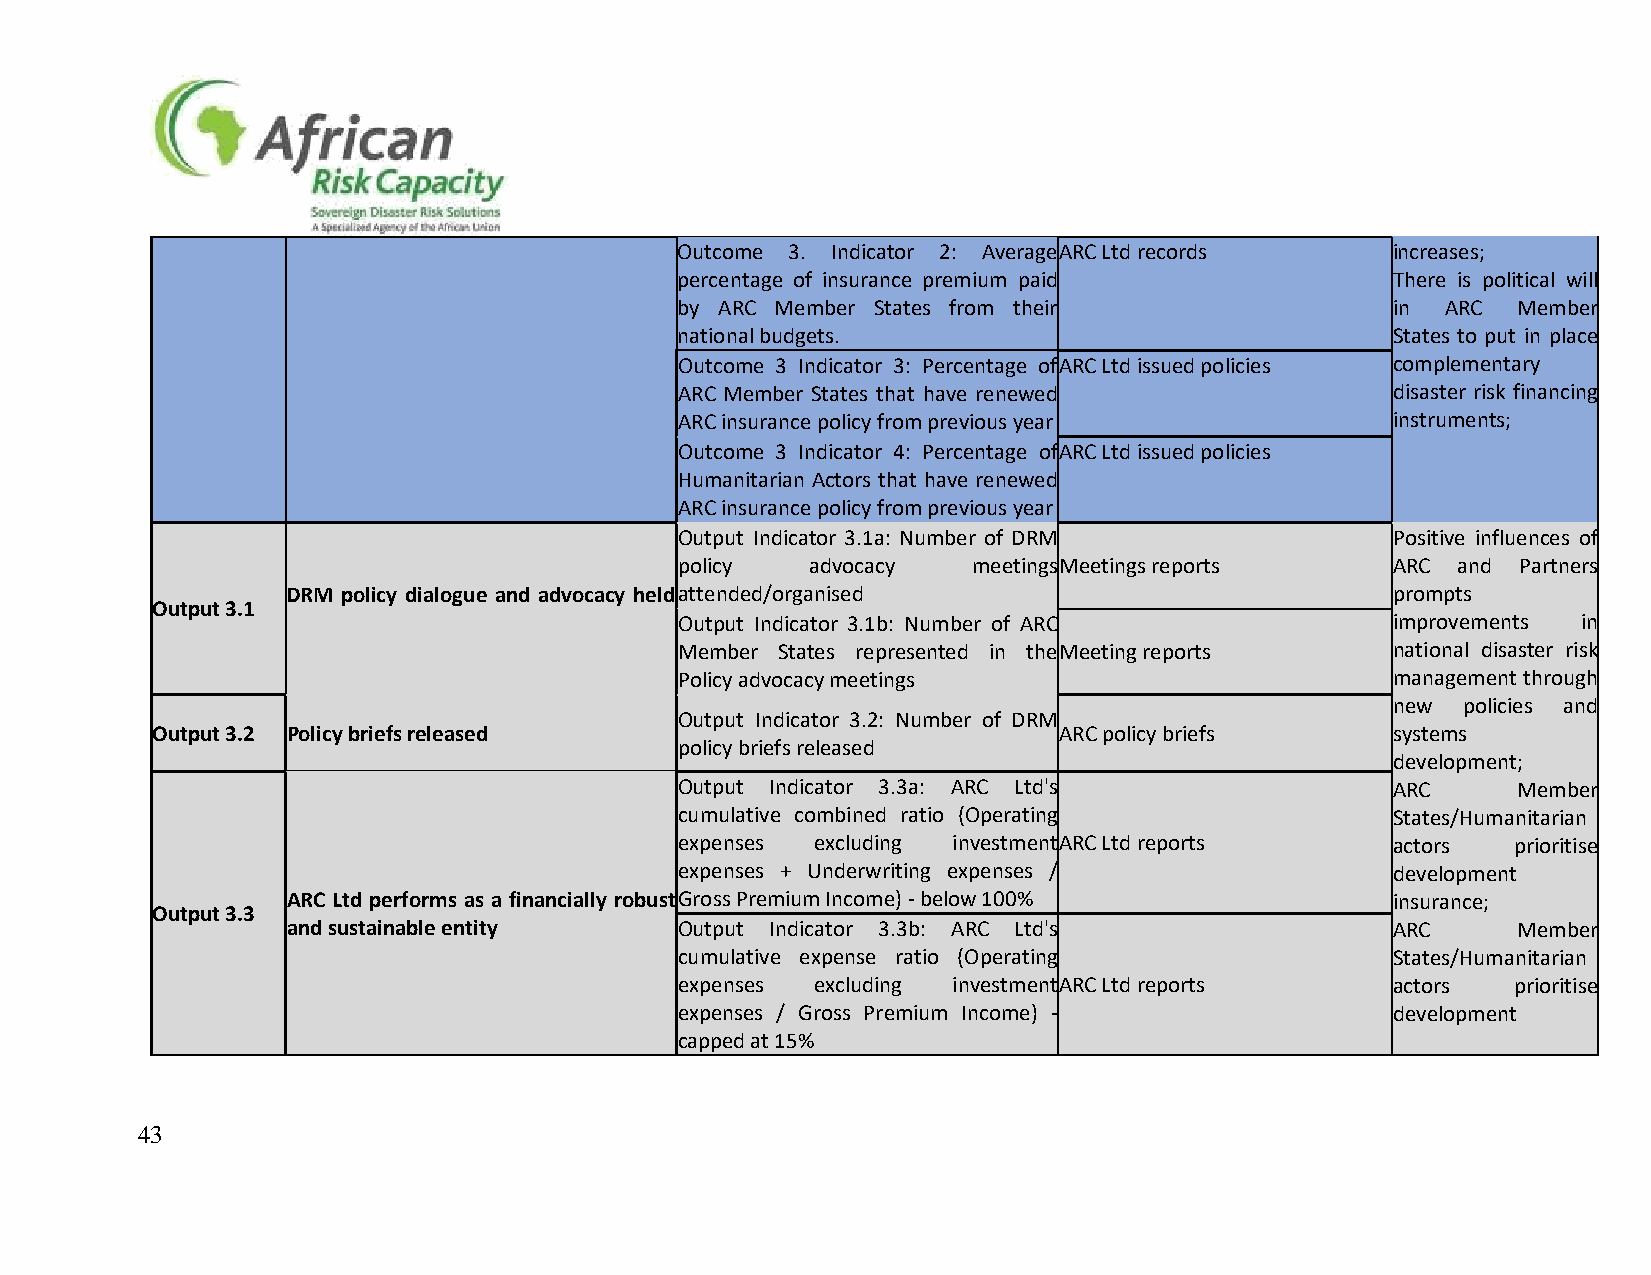
Outcome 3. Indicator 2: Average ARC Ltd records increases;
 percentage of insurance premium paid           There is political will
 by ARC Member States from their                in  ARC Member
 national budgets.                              States to put in place
 Outcome 3 Indicator 3: Percentage of ARC Ltd issued policies complementary
 ARC Member States that have renewed            disaster risk financing
 ARC insurance policy from previous year        instruments;
 Outcome 3 Indicator 4: Percentage of ARC Ltd issued policies
 Humanitarian Actors that have renewed
 ARC insurance policy from previous year
 Output Indicator 3.1a: Number of DRM           Positive influences of
 policy   advocacy  meetings Meetings reports   ARC and  Partners
 DRM policy dialogue and advocacy heldattended/organised                  prompts
 Output 3.1
 Output Indicator 3.1b: Number of ARC           improvements in
 Member States represented in the Meeting reports national disaster risk
 Policy advocacy meetings                       management through
 new  policies and
 Output Indicator 3.2: Number of DRM
 Output 3.2 Policy briefs released                           ARC policy briefs     systems
 policy briefs released
 development;
 Output Indicator 3.3a: ARC Ltd's               ARC     Member
 cumulative combined ratio (Operating           States/Humanitarian
 expenses excluding investment ARC Ltd reports  actors  prioritise
 expenses + Underwriting expenses /             development
 ARC Ltd performs as a financially robust Gross Premium Income) - below 100% insurance;
 Output 3.3
 and sustainable entity    Output Indicator 3.3b: ARC Ltd's               ARC     Member
 cumulative expense ratio (Operating            States/Humanitarian
 expenses excluding investment ARC Ltd reports  actors  prioritise
 expenses / Gross Premium Income) -             development
 capped at 15%
 43